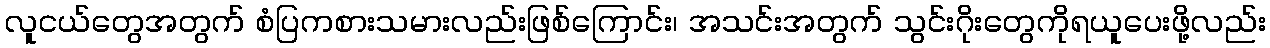
လူငယ်တွေအတွက် စံပြကစားသမားလည်းဖြစ်ကြောင်း၊ အသင်းအတွက် သွင်းဂိုးတွေကိုရယူပေးဖို့လည်း